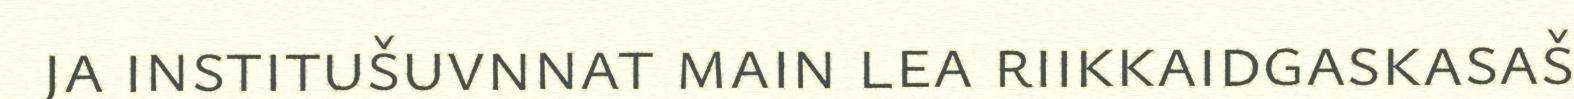
ja institušuvnnat main lea riikkaidgaskasaš